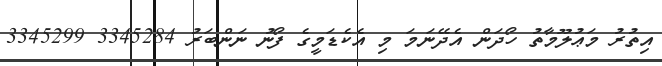
އިތުރު މަޢުލޫމާތު ހޯދަން އެދޭނަމަ މި އެކެޑަމީގެ ފޯނު ނަންބަރު 3345284 3345299